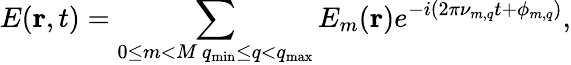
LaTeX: E(\mathbf{r},t)=\sum_{\substack{0\leq m<M\, q_{\mathrm{min}}\leq q<q_{\mathrm{max}}}}E_{m}(\mathbf{r})e^{-i(2\pi\nu_{m,q}t+\phi_{m,q})},